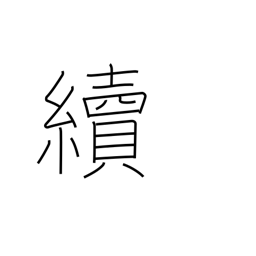
Meaning: carry on